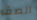
الصقر